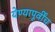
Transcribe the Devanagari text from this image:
येण्यापूर्वींच